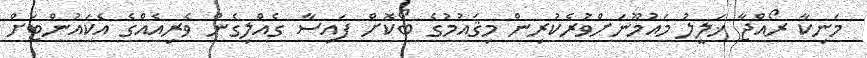
މަނިކާ ރޯއްޖާ ޚަލީލު މައުމޫނަށްވުރެކުރިން މިޤައުމުގެ ބޯކޮށް ފައިސާ ގެއްލިގެން ވެރިއެއްގެ އެކައުންޓަށް